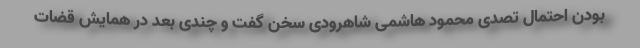
بودن احتمال تصدی محمود هاشمی شاهرودی سخن گفت و چندی بعد در همایش قضات